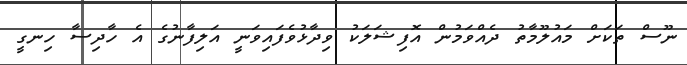
ނޫސް ތަކަށް މައުލޫމާތު ދެއްވަމުން އޮފިޝަލަކު ވިދާޅުވެފައިވަނީ އަލިފާނުގެ އެ ހާދިސާ ހިނގީ